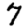
Digit: 7